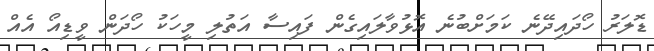
ޑޮލަރު ހޯދައިދޭނެ ކަމަށްބުނެެ އޮޅުވާލައިގެން ފައިސާ އަތުލި މީހަކު ހޯދަން ވީޑިއޯ އެއް